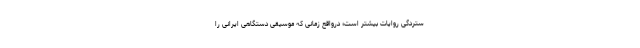
ستردگی روایات بیشتر است؛ درواقع زمانی که موسیقی دستگاهی ایرانی را